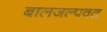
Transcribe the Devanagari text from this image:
बालजल्पवत्